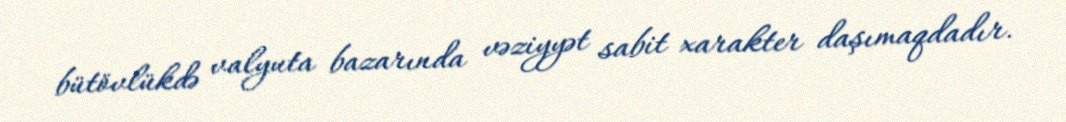
bütövlükdə valyuta bazarında vəziyyət sabit xarakter daşımaqdadır.